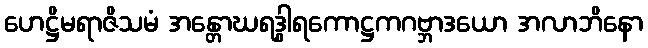
ဟေဋ္ဌိမရာဇိသမံ အန္တောဃရဒွါရကောဋ္ဌကဂဗ္ဘာဒယော အလာဘိနော